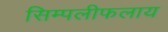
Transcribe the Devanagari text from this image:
सिम्पलीफलाय